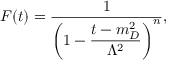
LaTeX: F ( t ) = \displaystyle \frac { 1 } { \left( 1 - \displaystyle \frac { t - m _ { D } ^ { 2 } } { \Lambda ^ { 2 } } \right) ^ { n } } ,